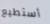
أستطيع